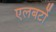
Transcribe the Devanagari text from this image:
एलबर्टो